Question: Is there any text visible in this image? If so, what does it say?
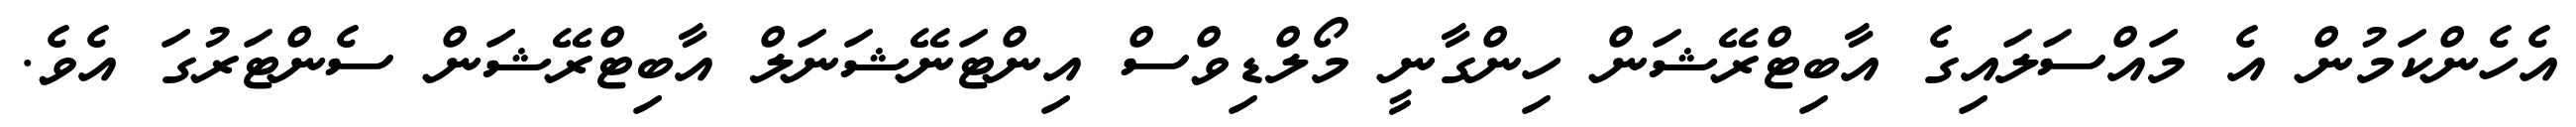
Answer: އެހެންކަމުން އެ މައްސަލައިގެ އާބިޓްރޭޝަން ހިންގާނީ މޯލްޑިވްސް އިންޓަނޭޝަނަލް އާބިޓްރޭޝަން ސެންޓަރުގަ އެވެ.